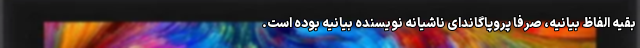
بقیه الفاظ بیانیه، صرفاً پروپاگاندای ناشیانه نویسنده بیانیه بوده است.